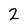
Character: 2